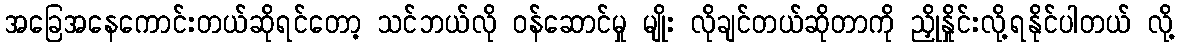
အခြေအနေကောင်းတယ်ဆိုရင်တော့ သင်ဘယ်လို ဝန်ဆောင်မှု မျိုး လိုချင်တယ်ဆိုတာကို ညှိုနှိုင်းလို့ရနိုင်ပါတယ် လို့